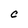
Character: C